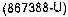
(867388-U)